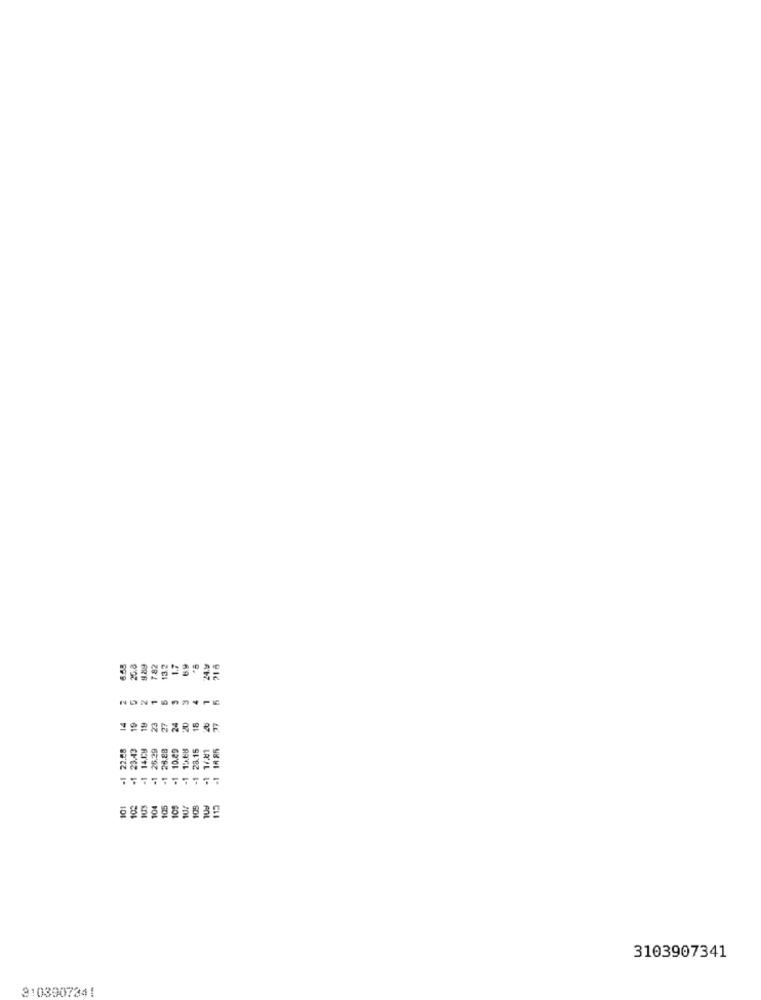
6.65
26.3
7 82
13.2
6.9
17
-1 22.28
3.43
14.CH
5.29
28.28
10.23
1568
18 85
28.15
1.51
101
105
105
3103907341
3103907341